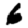
Digit: 6